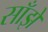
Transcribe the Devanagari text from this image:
साँझे